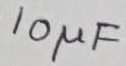
Text: 10µF